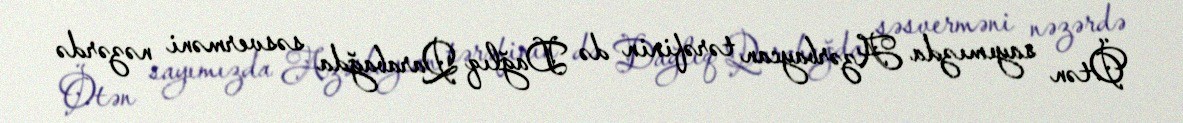
Ötən sayımızda Azərbaycan tərəfinin də Dağlıq Qarabağda səsverməni nəzərdə